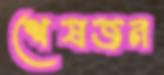
শেষজন